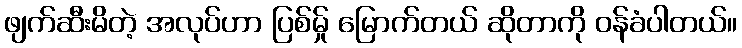
ဖျက်ဆီးမိတဲ့ အလုပ်ဟာ ပြစ်မ်ှု မြောက်တယ် ဆိုတာကို ဝန်ခံပါတယ်။